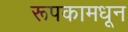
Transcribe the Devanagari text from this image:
रूपकामधून